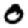
Digit: 0